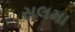
સલમા